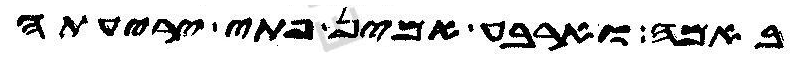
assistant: באמה וארבע אמין פתי יריעתה